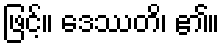
ဖြင့်။ ဒေဿတိ၊ ၏။